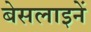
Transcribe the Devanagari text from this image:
बेसलाइनें